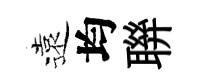
遠均聨